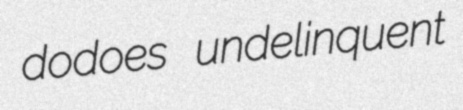
dodoes undelinquent